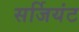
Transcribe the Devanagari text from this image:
सर्जियंट